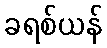
ခရစ်ယန်